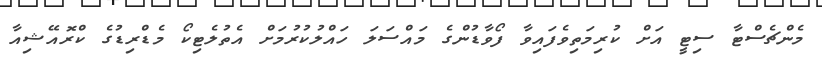
މެންޗެސްޓާ ސިޓީ އަށް ކުރިމަތިވެފައިވާ ފޯވާޑުންގެ މައްސަލަ ހައްލުކުރުމަށް އެތުލެޓިކޯ މެޑްރިޑުގެ ކްރޮއޭޝިއާ